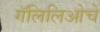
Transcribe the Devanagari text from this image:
गॅलिलिओचे